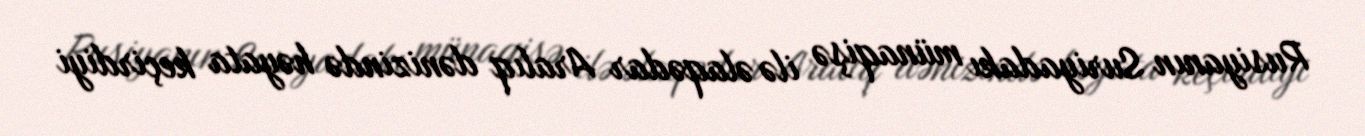
Rusiyanın Suriyadakı münaqişə ilə əlaqədar Aralıq dənizində həyata keçirdiyi